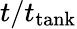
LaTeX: t/t_{\mathrm{tank}}